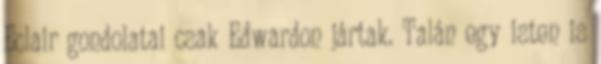
Eclair gondolatai csak Edwardon jártak. Talán egy isten is